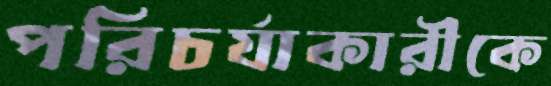
পরিচর্যাকারীকে